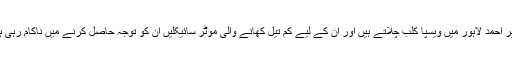
زبیر احمد لاہور میں ویسپا کلب چلاتے ہیں اور ان کے لیے کم تیل کھانے والی موٹر سائیکلیں ان کو توجہ حاصل کرنے میں ناکام رہی ہیں۔